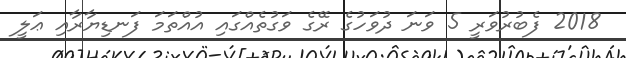
2018 ފެބުރުވަރީ 5 ވަނަ ދުވަހުގެ ރޭގެ ވަގުތެއްގައި އުއްތަމަ ފަނޑިޔާރާއި ޢަލީ